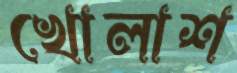
খোলাশ